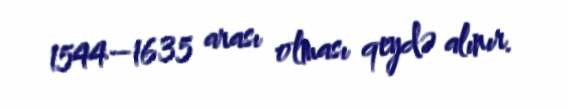
1544–1635 arası olması qeydə alınır.